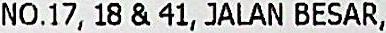
NO.17, 18 & 41, JALAN BESAR,